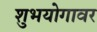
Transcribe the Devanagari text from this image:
शुभयोगावर